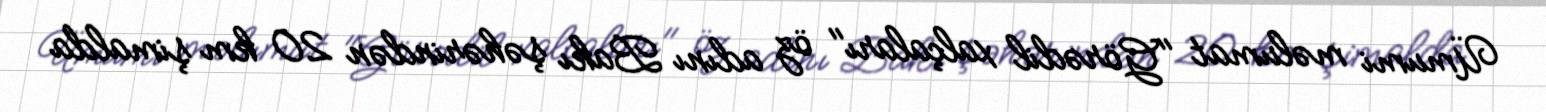
Ümumi məlumat "Görədil xalçaları" öz adını Bakı şəhərindən 20 km şimalda